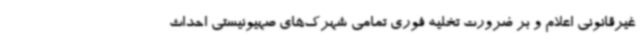
غیرقانونی اعلام و بر ضرورت تخلیه فوری تمامی شهرک‌های صهیونیستی احداث